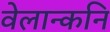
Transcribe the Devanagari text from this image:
वेलान्कनि